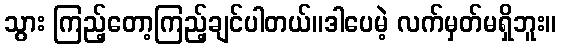
သွား ကြည့်တော့ကြည့်ချင်ပါတယ်။ဒါပေမဲ့ လက်မှတ်မရှိဘူး။